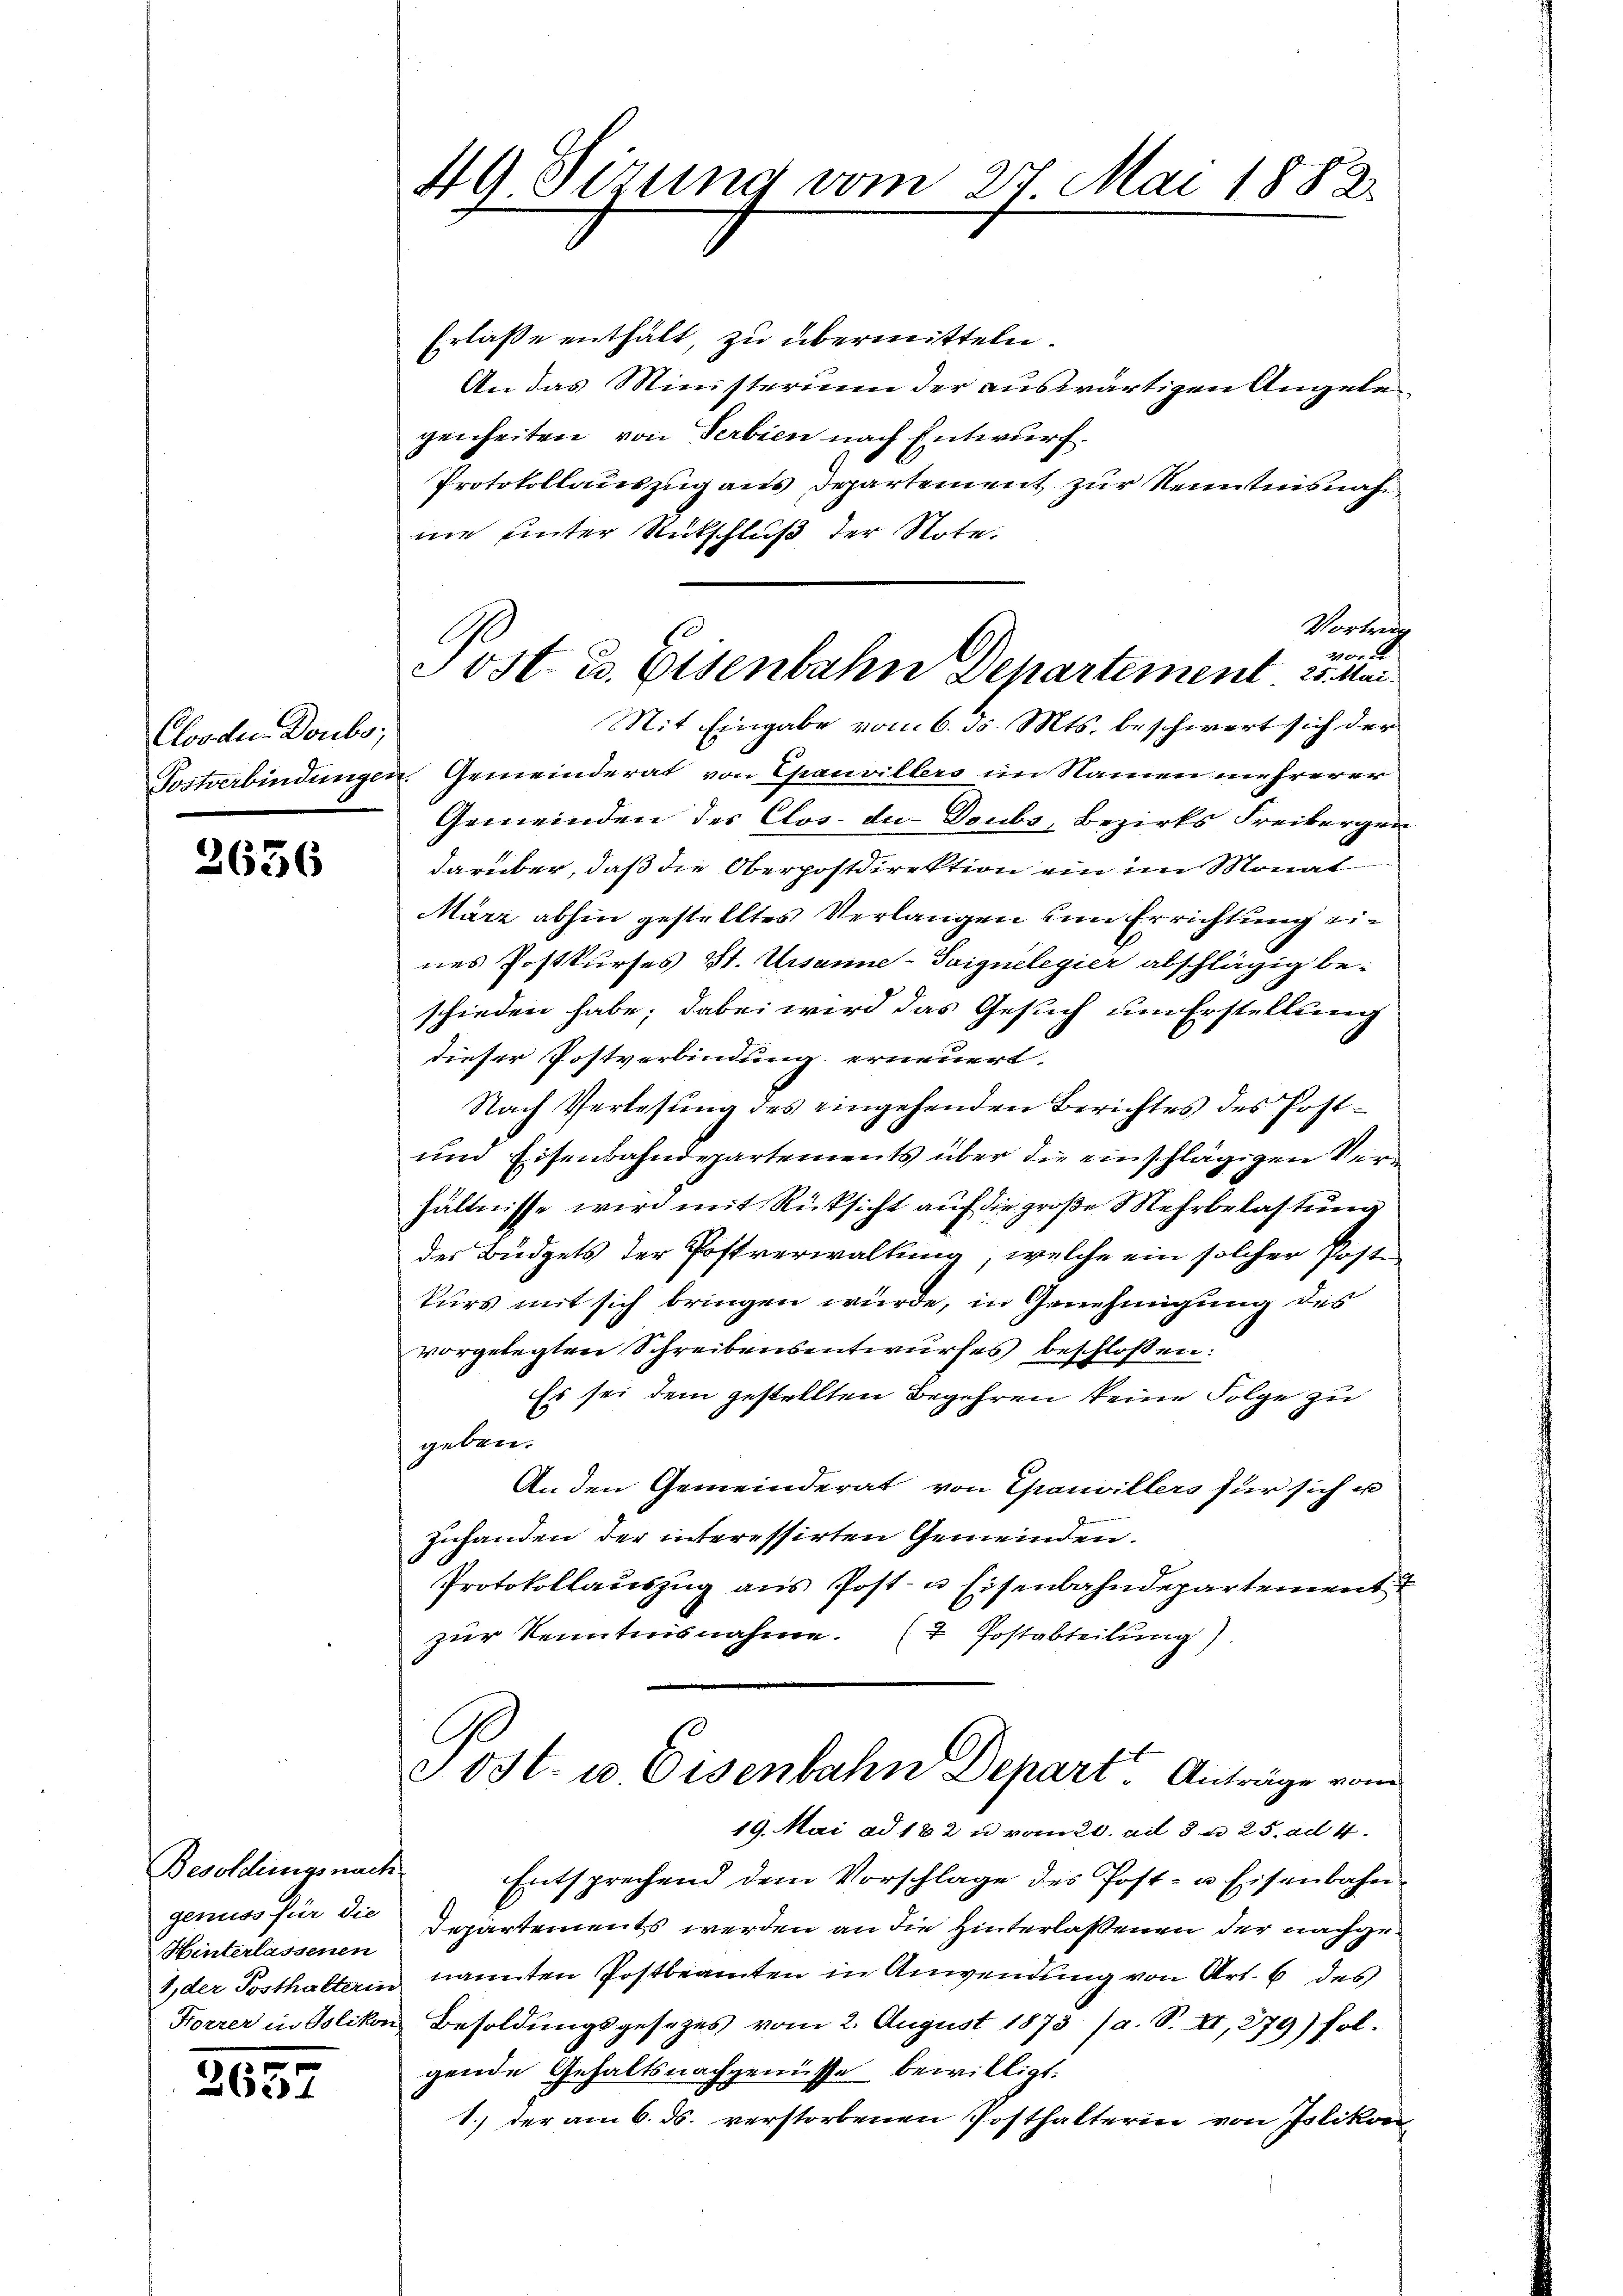
Clooden Doubs;

2636

Besoldungsnach
genuss für die
Hinterlassenen

2657

49 Sizung vom 27. Mai 1882.

Erlaße enthält, zu übermitteln.
An das Ministerium der auswärtigen Angele
genheiten von Serbien nach Entwurf.
Protokollauszug aus Departement zur Kenntnisnahnie unter Rutschluß der Note.
Vortrag
2er
Nit Eingabe vom 6. d. Mts. beschwert sich der
Sostverbindungen. Gemeinderat von Chauvillers im Namen mehrerer
Gemeinden des Clos. du Doubs, Bezirks Freibergen
darüber, daß die Oberpostdirektion ein im Monat
März abhin gestelltes Verlangen um Errichtung eines Postkurses St. Ursanne-Soignelegier abschlägig beschieden habe; dabei wird das Gesuch um Erstellung
dieser Postverbindung erneuert.
Nach Verlesung des eingehenden Berichtes des Post-
und Eisenbahndepartements über die einschlägigen Verhältnisse wird mit Rücksicht auf die große Mehrbelastung
der Budgets der Postverwaltung, welche ein solcher Post
kurs mit sich bringen würde, in Genehmigung des
vorgelegten Schreibensentwurfes beschloßen:
Es sei dem gestellten Begehren keine Folge zu
geben.
An den Gemeinderat von Chauvillers für sich u
Zuhanden der interessirten Gemeinden.
Protokollaŭszŭg ans Post- u. Eisenbahndepartement
zur Kenntnisnahme. (T Postabteilung)

Jost u. Eisenbahn Departement. 25. Mai

Ost- u. Eisenbahn Depart Anträge vom

19. Mai ad 182 u vom 20. ad 8 u. 25. ad 4.
Entsprechend dem Vorschlage des Post- u. Eisenbahn¬
Departements werden an die Hinterlassenen der nachge¬
1, der Posthalterin nannten Postbeamten in Anwendŭng von Art. 6 des
Forrer in Polikon Besoldungsgesetzes vom 2. August 1873 (a. S. XI, 279) fol-
gende Gehaltsnachgenüsse bewilligt:
1.) der am 6. ds. verstorbenen Posthalterin von Polikon